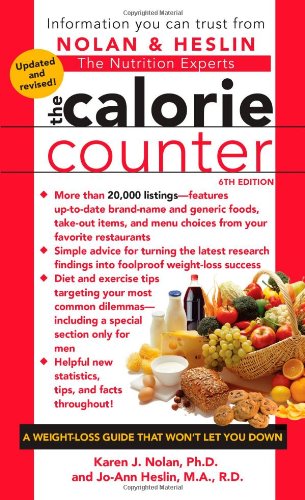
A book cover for The Calorie Counter, 6th Edition; Ph.D. Karen J Nolan Ph.D.; Health, Fitness & Dieting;